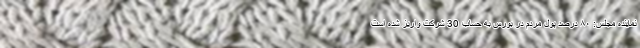
نماینده مجلس: ۸۰ درصد پول مردم در بورس به حساب 30 شرکت واریز شده است